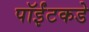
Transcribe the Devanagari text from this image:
पॉईंटकडे